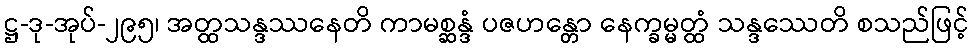
ဋ္ဌ-ဒု-အုပ်-၂၉၅၊ အတ္ထသန္ဒဿနေတိ ကာမစ္ဆန္ဒံ ပဇဟန္တော နေက္ခမ္မတ္ထံ သန္ဒဿေတိ စသည်ဖြင့်